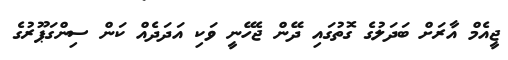
ޖީއެމް އާރަށް ބަދަލުގެ ގޮތުގައި ދޭން ޖެހޭނީ ވަކި އަދަދެއް ކަން ސިންގަޕޫރުގެ